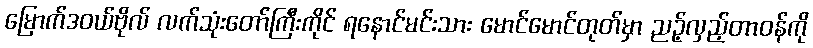
မြောက်ဒဝယ်ဗိုလ် လက်သုံးတော်ကြီးကိုင် ရနောင်မင်းသား မောင်မောင်တုတ်မှာ ညဉ့်လှည့်တာဝန်ကို